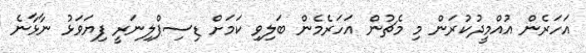
އަހަރެން އުއްމީދުކުރަން މި މެޗުން އަހަރެމެން ބަލިވި ކަމަށް ޑިސިޕްލިނަރީ ފިޔަވަޅު ނާޅާނެ